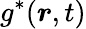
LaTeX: g^{\ast}(\boldsymbol{r},t)